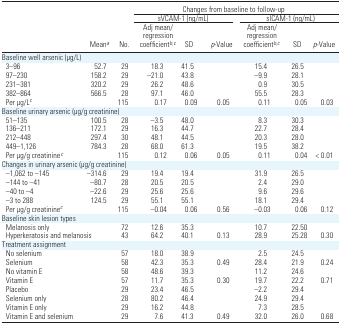
<table><thead><tr><td></td><td></td><td></td><td colspan="6"><b>Changes from baseline to follow-up</b></td></tr><tr><td></td><td></td><td></td><td colspan="3"><b>sVCAM-1 (ng/mL)</b></td><td colspan="3"><b>sICAM-1 (ng/mL)</b></td></tr><tr><td></td><td><b>Meana</b></td><td><b>No.</b></td><td><b>Adj mean/regression coefficientb,c</b></td><td><b>SD</b></td><td><b><i>p</i>-Value</b></td><td><b>Adj mean/regression coefficientb,c</b></td><td><b>SD</b></td><td><b><i>p</i>-Value</b></td></tr></thead><tbody><tr><td colspan="9">Baseline well arsenic (μg/L)</td></tr><tr><td> 3–96</td><td>52.7</td><td>29</td><td>18.3</td><td>41.5</td><td></td><td>15.4</td><td>26.5</td><td></td></tr><tr><td> 97–230</td><td>158.2</td><td>29</td><td>–21.0</td><td>43.8</td><td></td><td>–9.9</td><td>28.1</td><td></td></tr><tr><td> 231–381</td><td>320.2</td><td>29</td><td>26.2</td><td>48.6</td><td></td><td>0.9</td><td>30.5</td><td></td></tr><tr><td> 382–864</td><td>566.5</td><td>28</td><td>97.1</td><td>46.0</td><td></td><td>55.5</td><td>28.3</td><td></td></tr><tr><td> Per μg/Lc</td><td></td><td>115</td><td>0.17</td><td>0.09</td><td>0.05</td><td>0.11</td><td>0.05</td><td>0.03</td></tr><tr><td colspan="9">Baseline urinary arsenic (μg/g creatinine)</td></tr><tr><td> 51–135</td><td>100.5</td><td>28</td><td>–3.5</td><td>48.0</td><td></td><td>8.3</td><td>30.3</td><td></td></tr><tr><td> 136–211</td><td>172.1</td><td>29</td><td>16.3</td><td>44.7</td><td></td><td>22.7</td><td>28.4</td><td></td></tr><tr><td> 212–448</td><td>297.4</td><td>30</td><td>48.1</td><td>44.5</td><td></td><td>20.3</td><td>28.0</td><td></td></tr><tr><td> 449–1,126</td><td>784.3</td><td>28</td><td>68.0</td><td>61.3</td><td></td><td>19.5</td><td>38.2</td><td></td></tr><tr><td> Per μg/g creatininec</td><td></td><td>115</td><td>0.12</td><td>0.06</td><td>0.05</td><td>0.11</td><td>0.04</td><td>&lt; 0.01</td></tr><tr><td colspan="9">Changes in urinary arsenic (μg/g creatinine)</td></tr><tr><td> –1,062 to –145</td><td>–314.6</td><td>29</td><td>19.4</td><td>19.4</td><td></td><td>31.9</td><td>26.5</td><td></td></tr><tr><td> –144 to –41</td><td>–80.7</td><td>28</td><td>20.5</td><td>20.5</td><td></td><td>2.4</td><td>29.0</td><td></td></tr><tr><td> –40 to –4</td><td>–22.6</td><td>29</td><td>25.6</td><td>25.6</td><td></td><td>9.6</td><td>29.6</td><td></td></tr><tr><td> –3 to 288</td><td>124.5</td><td>29</td><td>55.1</td><td>55.1</td><td></td><td>18.1</td><td>29.4</td><td></td></tr><tr><td> Per μg/g creatininec</td><td></td><td>115</td><td>–0.04</td><td>0.06</td><td>0.56</td><td>–0.03</td><td>0.06</td><td>0.12</td></tr><tr><td colspan="9">Baseline skin lesion types</td></tr><tr><td> Melanosis only</td><td></td><td>72</td><td>12.6</td><td>35.3</td><td></td><td>10.7</td><td>22.50</td><td></td></tr><tr><td> Hyperkeratosis and melanosis</td><td></td><td>43</td><td>64.2</td><td>40.1</td><td>0.13</td><td>28.9</td><td>25.28</td><td>0.30</td></tr><tr><td colspan="9">Treatment assignment</td></tr><tr><td> No selenium</td><td></td><td>57</td><td>18.0</td><td>38.9</td><td></td><td>2.5</td><td>24.5</td><td></td></tr><tr><td> Selenium</td><td></td><td>58</td><td>42.3</td><td>35.3</td><td>0.49</td><td>28.4</td><td>21.9</td><td>0.24</td></tr><tr><td> No vitamin E</td><td></td><td>58</td><td>48.6</td><td>39.3</td><td></td><td>11.2</td><td>24.6</td><td></td></tr><tr><td> Vitamin E</td><td></td><td>57</td><td>11.7</td><td>35.3</td><td>0.30</td><td>19.7</td><td>22.2</td><td>0.71</td></tr><tr><td> Placebo</td><td></td><td>29</td><td>23.4</td><td>46.5</td><td></td><td>–2.2</td><td>29.4</td><td></td></tr><tr><td> Selenium only</td><td></td><td>28</td><td>80.2</td><td>46.4</td><td></td><td>24.9</td><td>29.4</td><td></td></tr><tr><td> Vitamin E only</td><td></td><td>29</td><td>16.2</td><td>44.8</td><td></td><td>7.3</td><td>28.5</td><td></td></tr><tr><td> Vitamin E and selenium</td><td></td><td>29</td><td>7.6</td><td>41.3</td><td>0.49</td><td>32.0</td><td>26.0</td><td>0.68</td></tr></tbody></table>